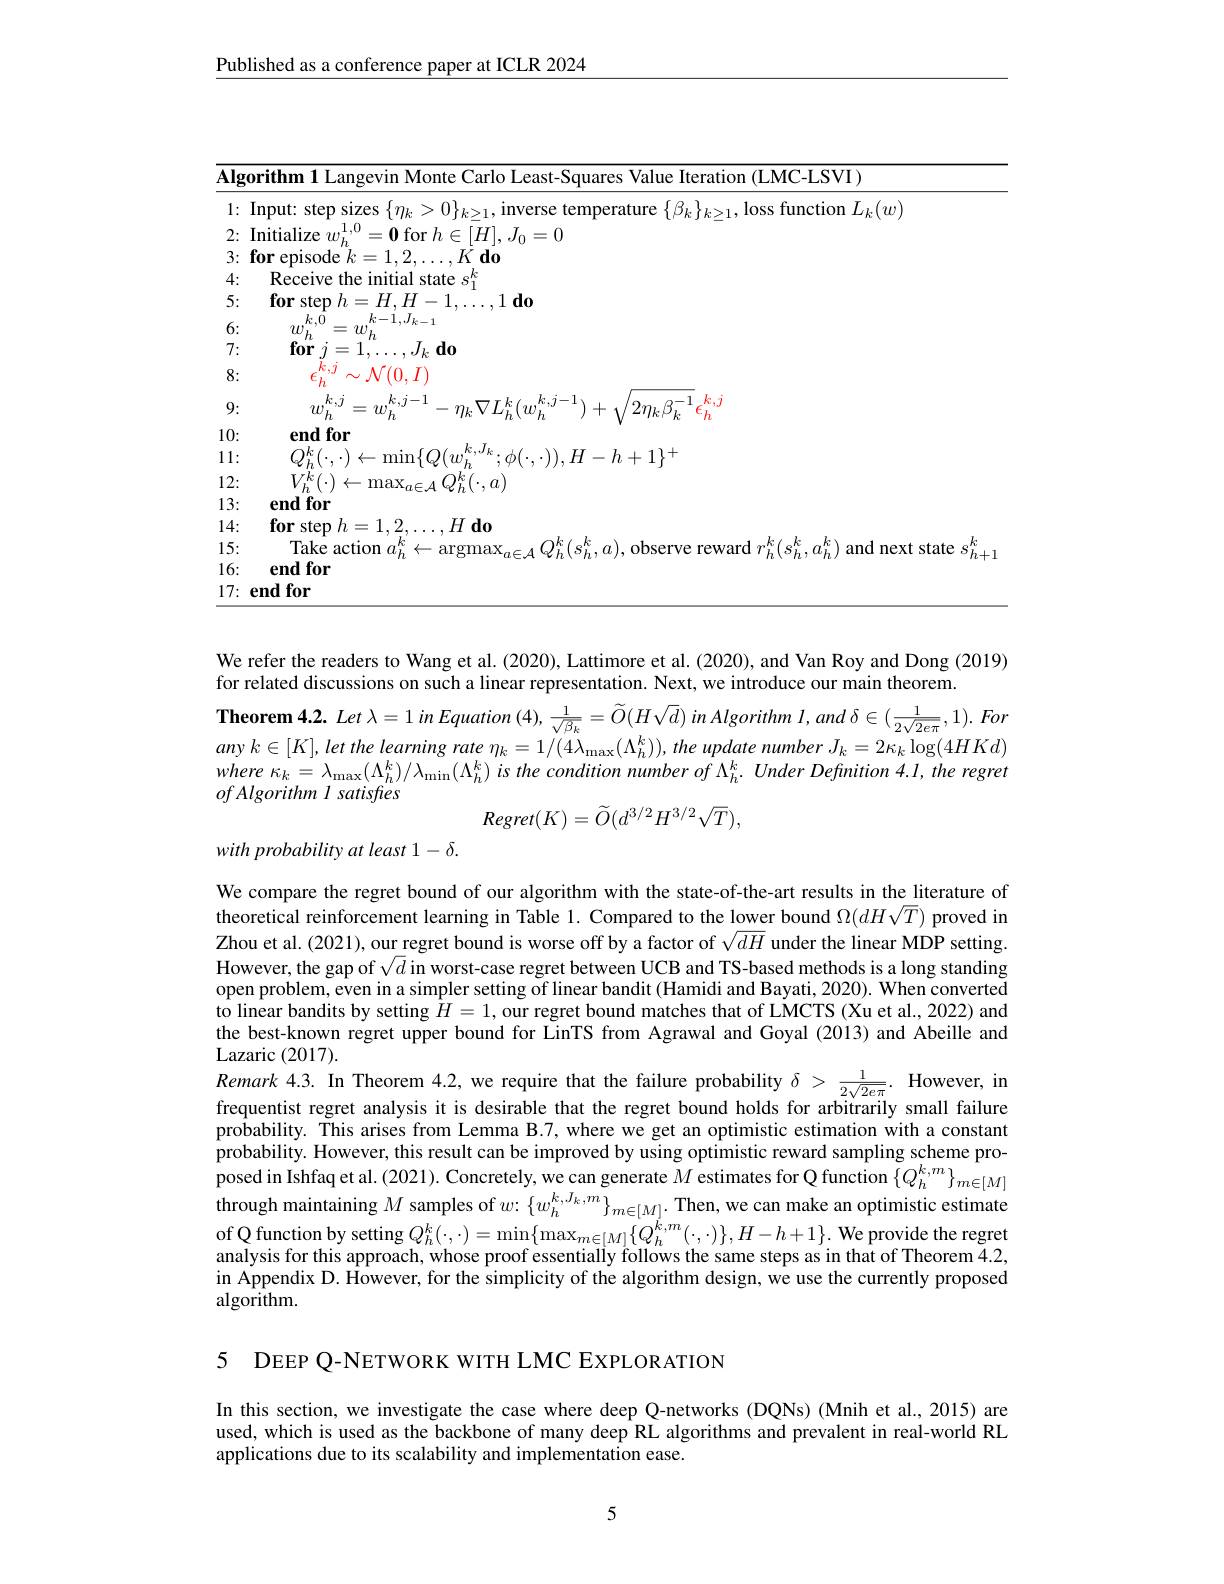
$\underline{\text{Published as a conference paper at ICLR 2024}}$

7: 8:
<table>
	<tbody>
		<tr>
			<td>$g0l$</td>
			<td>gevin Mor nte Carlo Least-Sq $\|_{t}^{t}$ s Value Iteration (LMC-LSVI) 1</td>
		</tr>
		<tr>
			<td>$\mathbf{I}$ $\textbf{I}$</td>
			<td>$\operatorname*{izes}\left\{\eta_{k}>0\right\}_{k\geq1}$,inverse temperature $\{\beta_{k}\}_{k\geq1}$,loss function $L_k(w)$ $^{,0}=\mathbf{0}$ for $h\in[H],J_{0}=0$</td>
		</tr>
		<tr>
			<td> </td>
			<td>$\leftarrow\operatorname*{min}\{Q(w_{h}^{k,J_{k}};\phi(\cdot,\cdot)),H-h+1\}^{+}$ $\max_{a\in\mathcal{A}}Q_{h}^{k}(\cdot,a)$</td>
		</tr>
	</tbody>
</table>
9: 10: 11: 12: 13: 14: 15: 16:

We refer the readers to Wang et al. (2020), Lattimore et al. (2020), and Van Roy and Dong (2019)
for related discussions on such a linear representation. Next, we introduce our main theorem.
$\textbf{Theorem 4. 2. Let }\lambda = 1$ in Equation $(4),\frac1{\sqrt{\beta_{k}}}=\widetilde{O}(H\sqrt{d})$ in Algorithm $l, and$ $\delta \in ( \frac 1{2\sqrt {2e\pi }}, 1) . For$ any $k\in [ K] , let$ the learning rate $\eta _{k}= 1/ ( 4\lambda _{\max }( \Lambda _{h}^{k}) ) $, the update number $J_{k}= 2\kappa _{k}\log ( 4HKd)$ where $\kappa _{k}= \lambda _{\max }( \Lambda _{h}^{k}) / \lambda _{\min }( \Lambda _{h}^{k})$ $is$ the condition number $of$ $\Lambda _{h}^{k}.$ Under Defnition 4.1, the regret $ofAlgorithm\textit{ I satisfies}$
$Regret(K)=\widetilde{O}(d^{3/2}H^{3/2}\sqrt{T})$,

with probability at least 1- δ.

We compare the regret bound of our algorithm with the state-of-the-art results in the literature of theoretical reinforcement learning in Table 1. Compared to the lower bound $\Omega(dH\sqrt{T})$ proved in Zhou et al. (2021), our regret bound is worse off by a factor of $\sqrt{dH}$ under the linear MDP setting. However, the gap of $\sqrt d$ in worst-case regret between UCB and TS-based methods is a long standing open problem, even in a simpler setting of linear bandit (Hamidi and Bayati, 2020). When converted to linear bandits by setting $\bar{H}=1$, our regret bound matches that of LMCTS (Xu et al., 2022) and the best-known regret upper bound for LinTS from Agrawal and Goyal (2013) and Abeille and ${\mathrm{Lazaric~(2017).}}$
Remark 4.3. In Theorem 4.2, we require that the failure probability $\delta>\frac1{2\sqrt{2e\pi}}.$ However, in frequentist regret analysis it is desirable that the regret bound holds for arbitrarily small failure probability. This arises from Lemma B.7, where we get an optimistic estimation with a constant probability. However, this result can be improved by using optimistic reward sampling scheme proposed in Ishfaq et al. (2021). Concretely, we can generate $M$ estimates for Q function $\{Q_{h}^{k,m}\}_{m\in[M]}$ through maintaining $M$ samples of $w{:}\left\{w_{h}^{k,J_{k},m}\right\}_{m\in[M]}.$ Then, we can make an optimistic estimate of Q function by setting $Q_h^k(\cdot,\cdot)=\operatorname*{min}\{\max_{m\in[M]}\{Q_h^{k,m}(\cdot,\cdot)\},H-h+1\}.$ We provide the regret analysis for this approach, whose proof essentially follows the same steps as in that of Theorem 4.2, in Appendix D. However, for the simplicity of the algorithm design, we use the currently proposed algorithm.

5 DEEP Q-NETWORK WITH LMC EXPLORATION

In this section, we investigate the case where deep Q-networks (DQNs) (Mnih et al., 2015) are used, which is used as the backbone of many deep RL algorithms and prevalent in real-world RL applications due to its scalability and implementation ease.

5